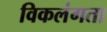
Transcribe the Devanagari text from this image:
विकलंगता